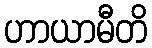
ဟာယာမီတိ